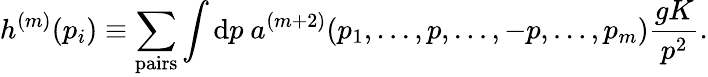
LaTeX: h^{(m)}(p_{i})\equiv\sum_{\mathrm{pairs}}\int\mathrm{d}p\ a^{(m+2)}(p_{1},\dots,p,\dots,-p,\dots,p_{m}){\frac{gK}{p^{2}}}.